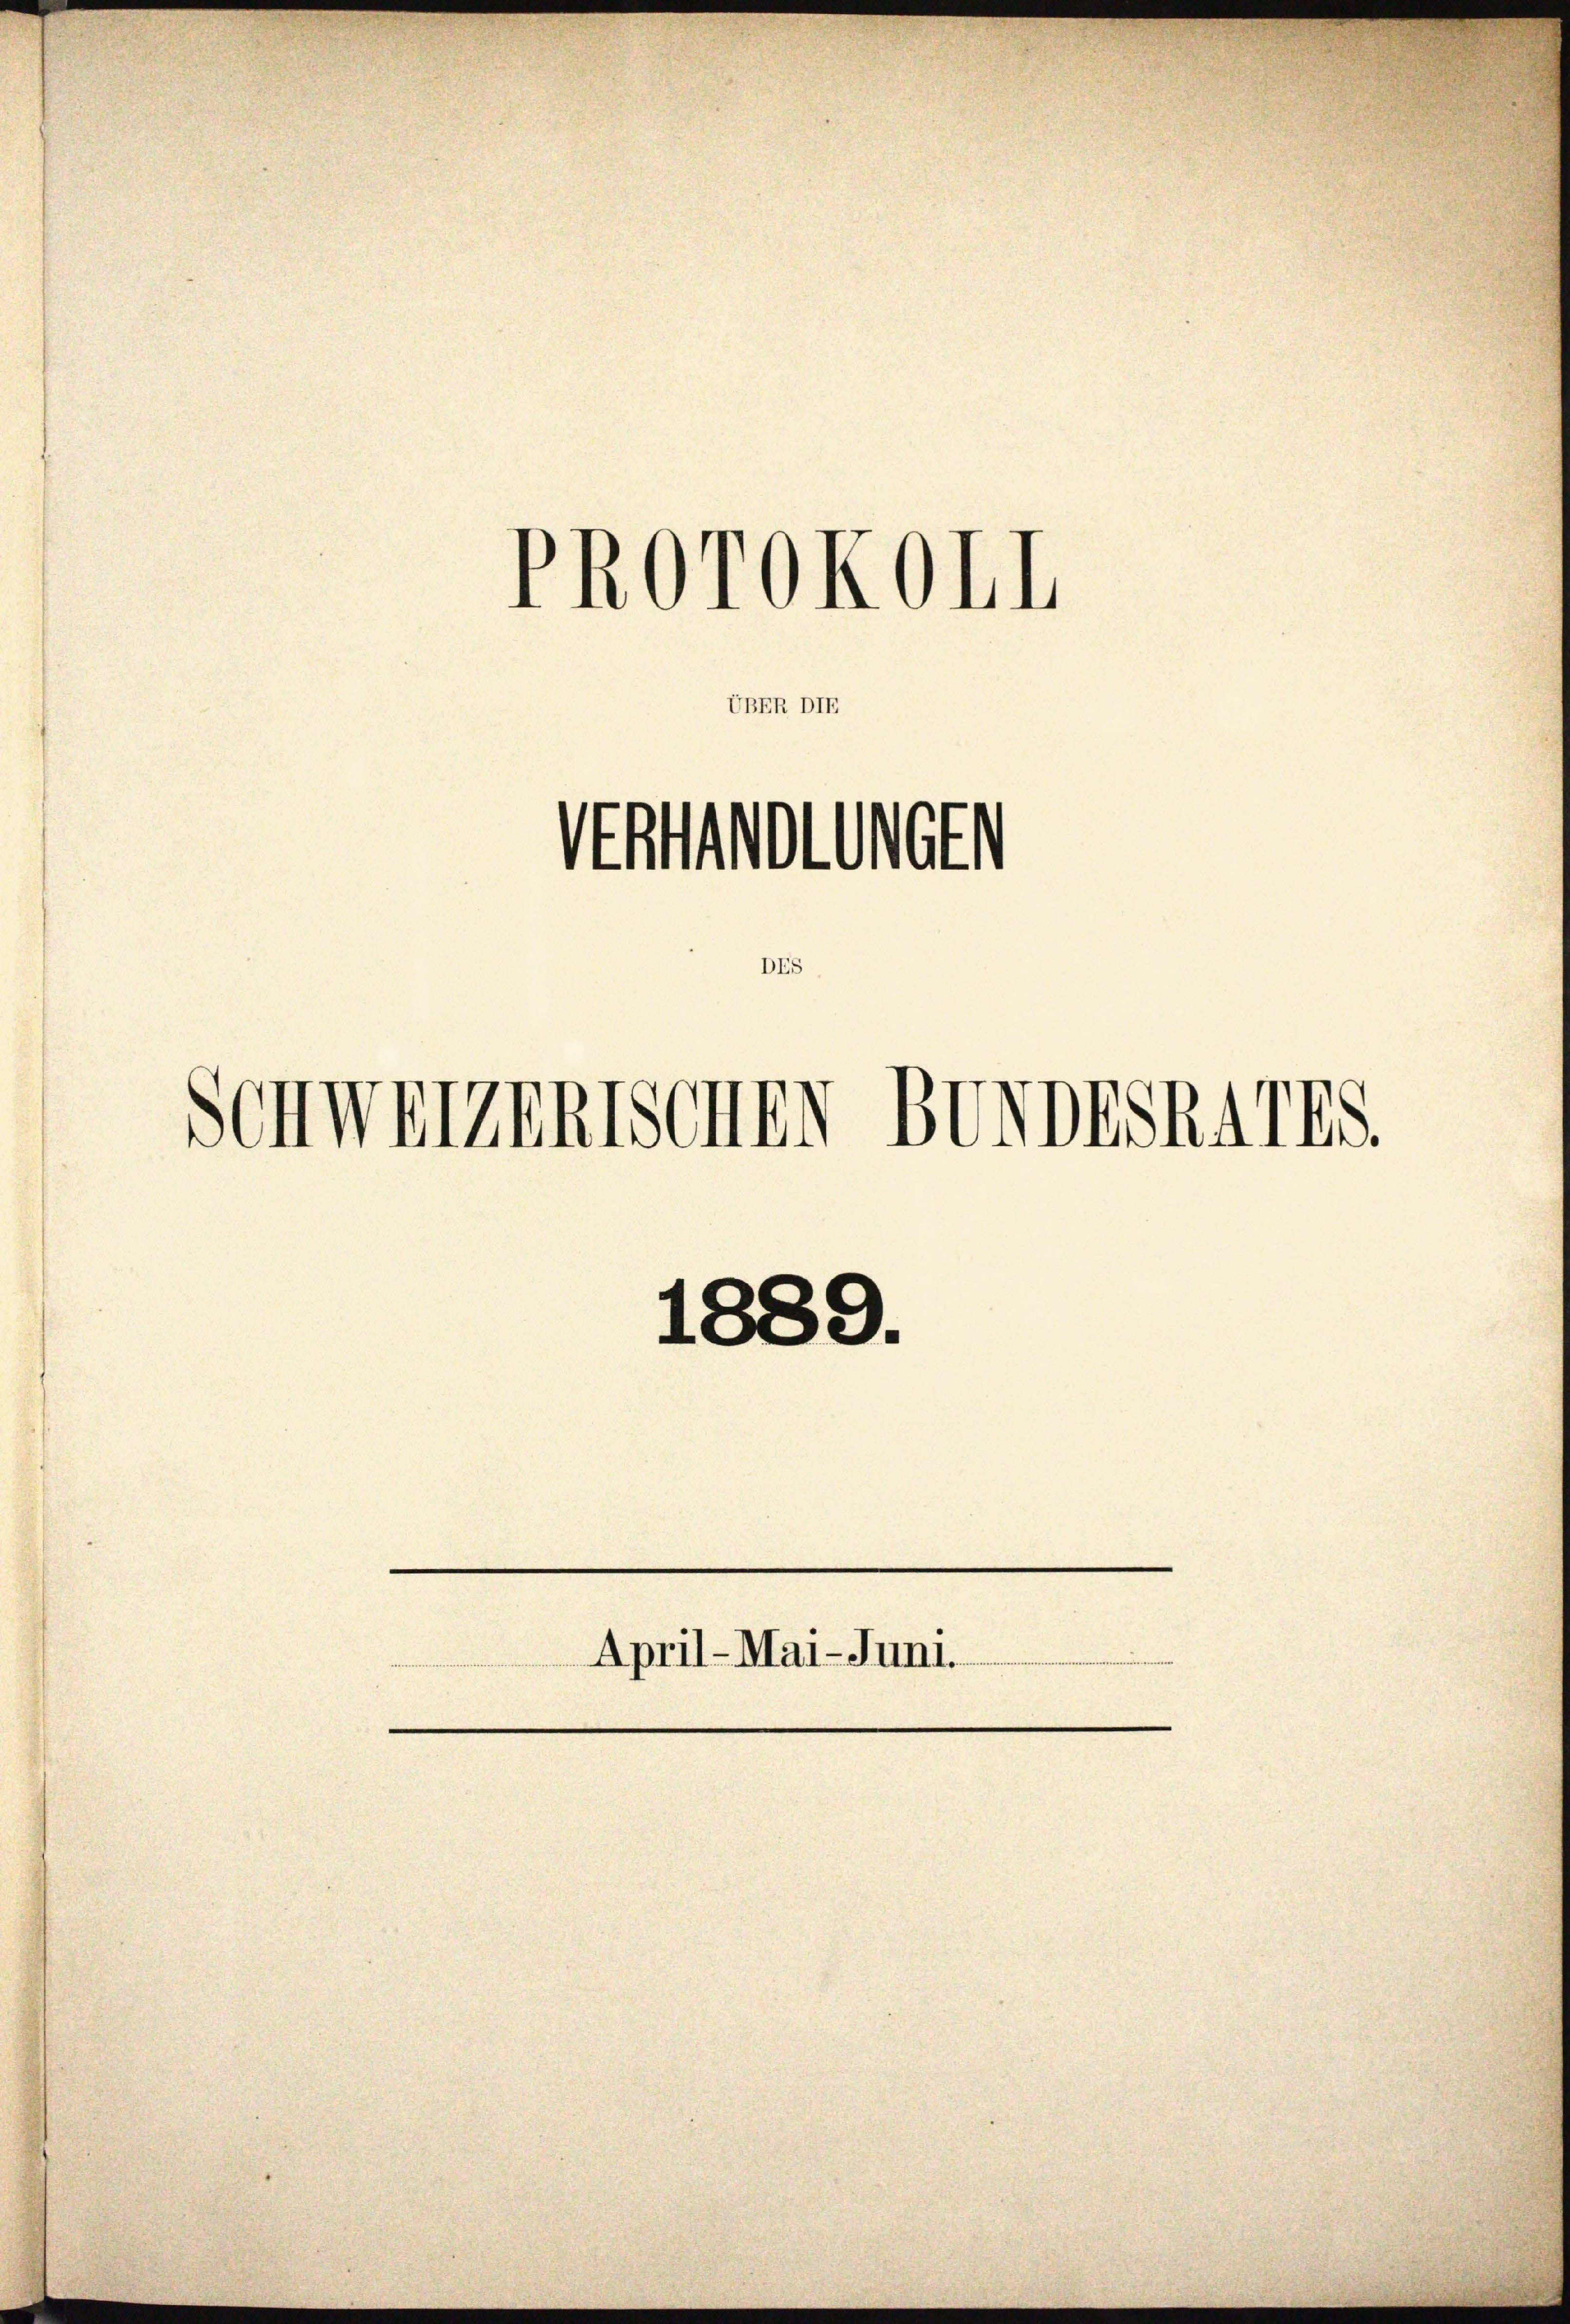
UBER DIE

DES

PROrOKOCH

Statthalten

Schwerzenssenen Bundeskarts.

1889.
e
April-Mai-Juni.
e
e
.